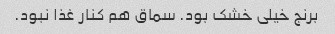
برنج خیلی خشک بود. سماق هم کنار غذا نبود.